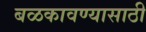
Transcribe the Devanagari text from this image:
बळकावण्यासाठी